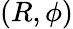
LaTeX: (R,\phi)